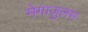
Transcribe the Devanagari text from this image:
मेगाजुलस